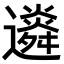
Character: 䢯